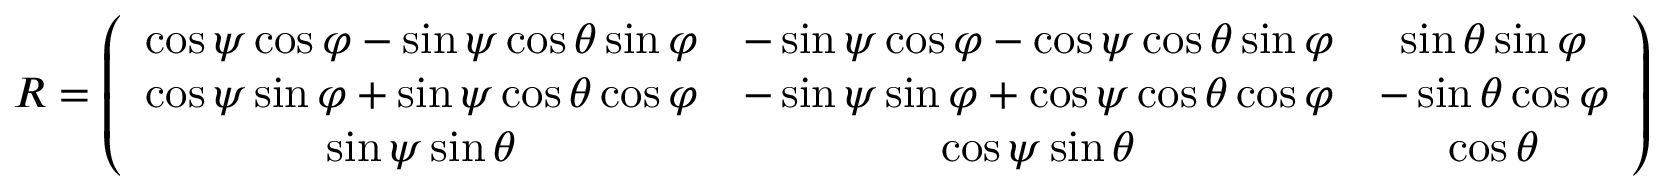
\begin{array} { r } { R = \left( \begin{array} { c c c } { \cos \psi \cos \varphi - \sin \psi \cos \theta \sin \varphi } & { - \sin \psi \cos \varphi - \cos \psi \cos \theta \sin \varphi } & { \sin \theta \sin \varphi } \\ { \cos \psi \sin \varphi + \sin \psi \cos \theta \cos \varphi } & { - \sin \psi \sin \varphi + \cos \psi \cos \theta \cos \varphi } & { - \sin \theta \cos \varphi } \\ { \sin \psi \sin \theta } & { \cos \psi \sin \theta } & { \cos \theta } \end{array} \right) } \end{array}